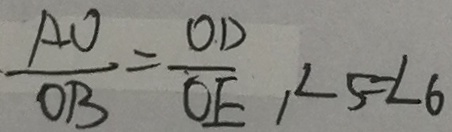
\frac { A O } { O B } = \frac { O D } { O E } , \angle 5 = \angle 6